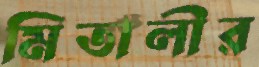
মিতালীর